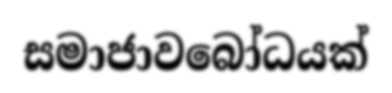
සමාජාවබෝධයක්